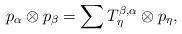
LaTeX: \begin{align*}p_{\alpha}\otimes p_{\beta} = \sum T_{\eta}^{\beta, \alpha} \otimes p_{\eta},\\\end{align*}